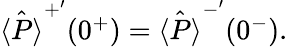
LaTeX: \begin{array}{r}{\hat{\langle P\rangle}^{+^{\prime}}(0^{+})=\hat{\langle P\rangle}^{-^{\prime}}(0^{-}).}\end{array}